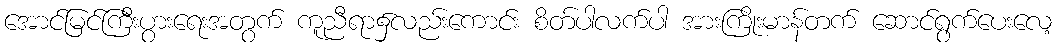
အောင်မြင်ကြီးပွားရေးအတွက် ကူညီရာ၌လည်းကောင်း စိတ်ပါလက်ပါ အားကြိုးမာန်တက် ဆောင်ရွက်ပေးလေ့